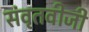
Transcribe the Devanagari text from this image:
संवृतवीजी